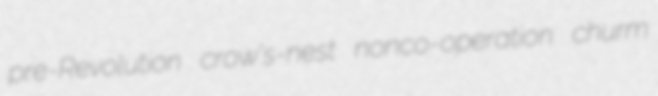
pre-Revolution crow's-nest nonco-operation churm